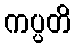
ကပ္ပတိ